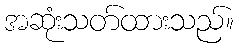
အဆုံးသတ်ထားသည်။